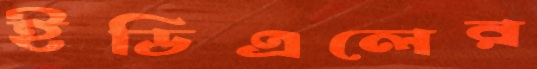
ইডিএলের